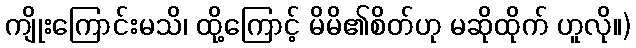
ကျိုးကြောင်းမသိ၊ ထို့ကြောင့် မိမိ၏စိတ်ဟု မဆိုထိုက် ဟူလို။)